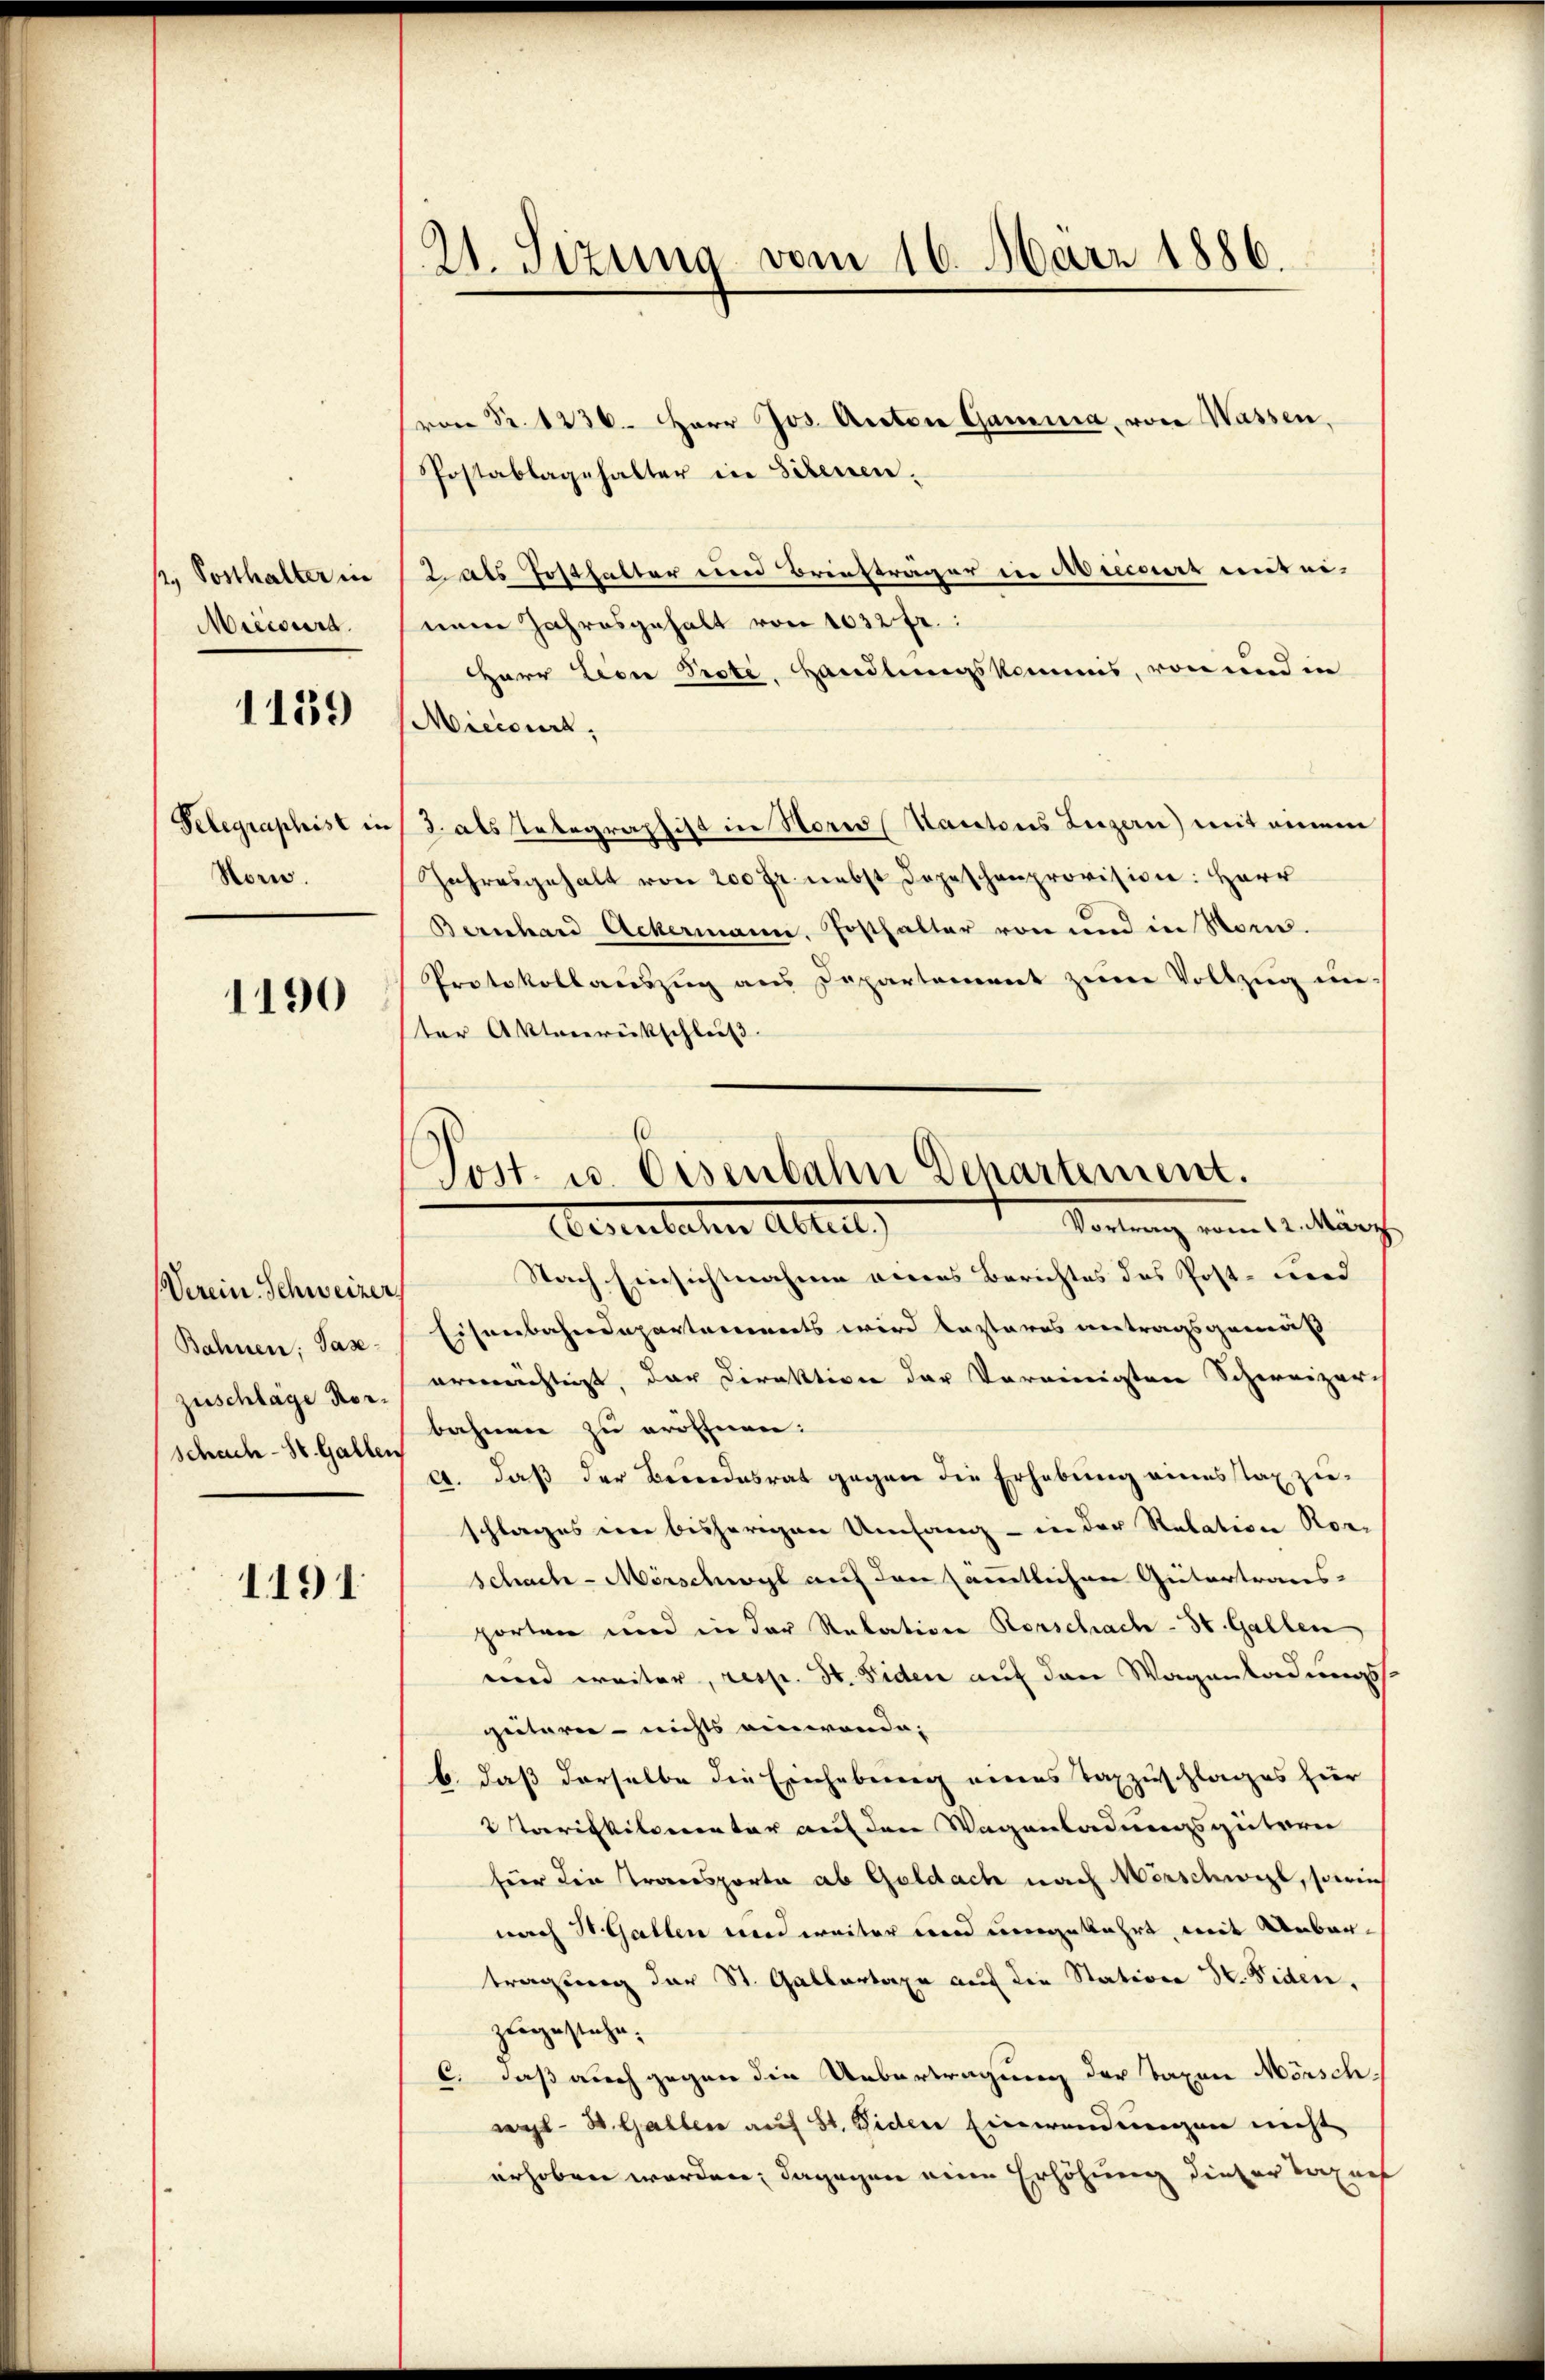
/, Posthalter in
Miisirt.

1139

Pelegraphist in
Hom.

1190

Verein. Schweizer.
Bahnen, Pas
Zuschläge vor.
schach- St. Gallen

1191

21. Sizung vom 16. März 1886.

n S. 1236. Herr Jos. Anton Gamina, von Wassen,
Postablagehalter in Scheuen.
als Posthalter und Brinsträger in Nieder mit einem Jahresgehalt von 1032 fr.:
Herr Lion Prote, Handlungskommis, von und in
Micidirt.
3. als Telegraphist in Noris Kantons Luzern) mit einem
Jahresgehalt von 200 Fr. nebst dopeschenprovision: Herr
Bernhard Ackermann. Josthalter von und in Som¬
Protokollauszug aus Departement zum Vollzug in
ter Aktenrückschluß
Nach Einsichtnahme aneres Berichtes des Post- wird |
Eisenbahndepartareinerts wird kasteres antragsgemäß
ermächtigt, der Direktion der Vereinigten Schweizer-
bahnen zu eröffnen.
a. daß der Bewendesrat gegen die Erhebung einesstax zu-
schlages eine bisherigen Umfang - in der Relation Nor-
schach- Mörschwyl auf den sämmtlichen Gütertraus-
porten und in der Relation Rorschach - St. Gallen
unnd weiter, resp. St. Fiden auf den Wagenladungs
giitere - nichts einwande.
b. daß derselbe die Einhebung eines Taxzuschlages hier
2 Tarifkilomentar auf den Wagenladungsgütern
für die Transporta ab Geldach nach Merschwil, sowie
nach St. Gallen und weiter und umgekehrt, mit Urbartragung der St. Gallertaxe auf die Station Hr. Fiden,
zugestehe.
c, daß auch gegen die Uebertragung der Taxen Mörsch-
wyl- St. Gallen auf St. Viden Einwendungen nicht
erhoben worden; dagegen eine Erhöhung dieser Taxars

Sost. u. Eisenbahn Departement.
Vernung vom 14. März
beseiteten Alte